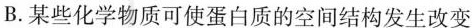
B.某些化学物质可使蛋白质的空间结构发生改变